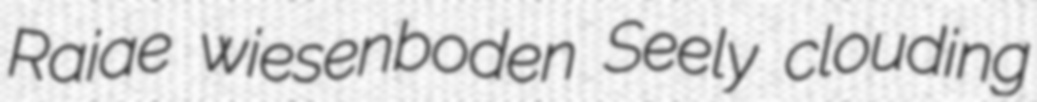
Raiae wiesenboden Seely clouding